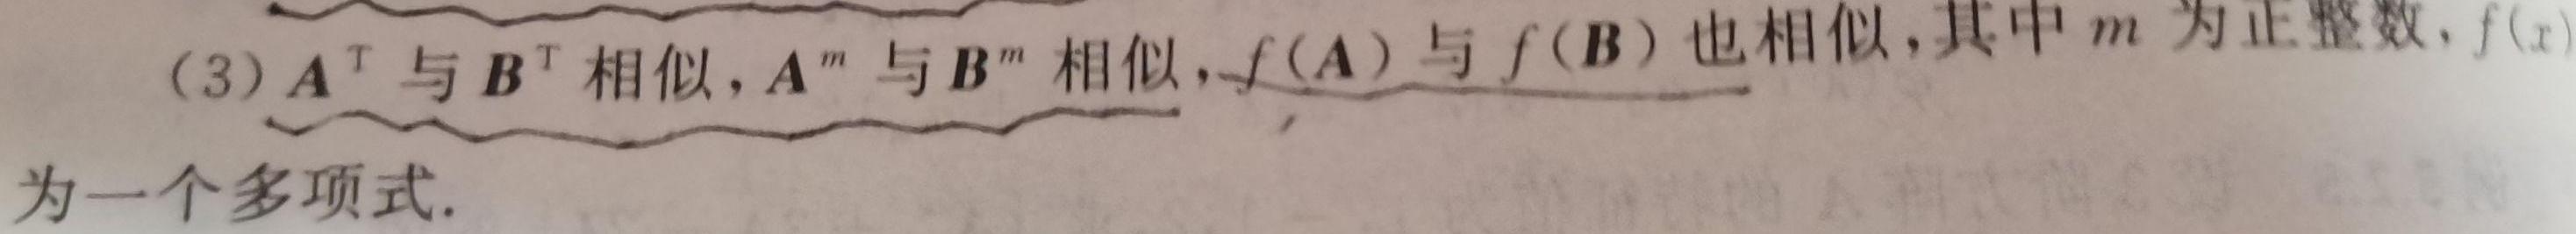
(3) $\boldsymbol{A}^T$ 与 $\boldsymbol{B}^T$ 相似, $\boldsymbol{A}^m$ 与 $\boldsymbol{B}^m$ 相似, $f(\boldsymbol{A})$ 与 $f(\boldsymbol{B})$ 也相似, 其中 $m$ 为正整数, $f(x)$ 为一个多项式.